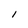
Character: 1